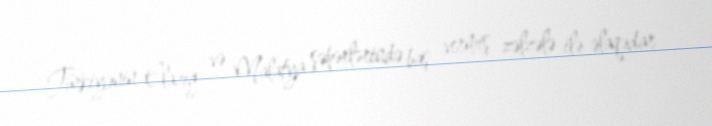
Türkiyənin Elazığ və Malatya şəhərlərində baş vermiş zəlzələ ilə əlaqədar